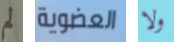
لم العضوية ولا